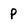
Character: P